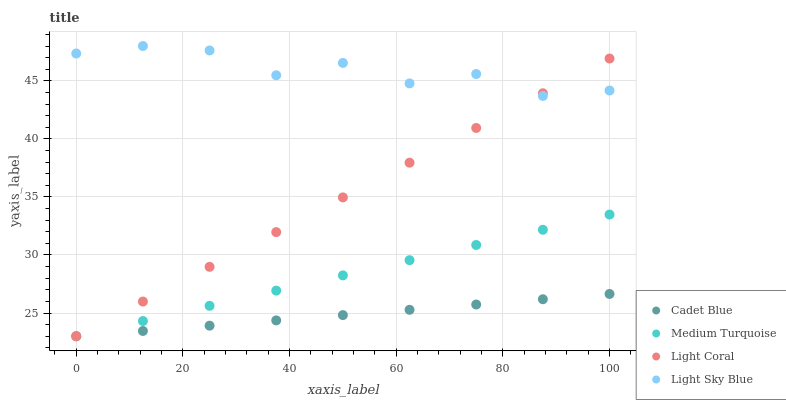
| xaxis_label | Cadet Blue | Medium Turquoise | Light Coral | Light Sky Blue |
 | --- | --- | --- | --- | --- |
 | 0 | 23 | 23 | 23 | 47.4 |
 | 12.5 | 23.5 | 24.3 | 26 | 48 |
 | 25 | 23.9 | 25.6 | 29 | 47.6 |
 | 37.5 | 24.4 | 26.9 | 32 | 45.5 |
 | 50 | 24.8 | 28.2 | 35 | 46.5 |
 | 62.5 | 25.3 | 29.6 | 38 | 44.8 |
 | 75 | 25.7 | 30.9 | 40.9 | 45.6 |
 | 87.5 | 26.2 | 32.2 | 43.9 | 43.7 |
 | 100 | 26.6 | 33.5 | 46.9 | 44.2 |